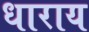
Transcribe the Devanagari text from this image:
धाराय